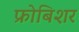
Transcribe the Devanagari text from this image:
फ्रोबिशर